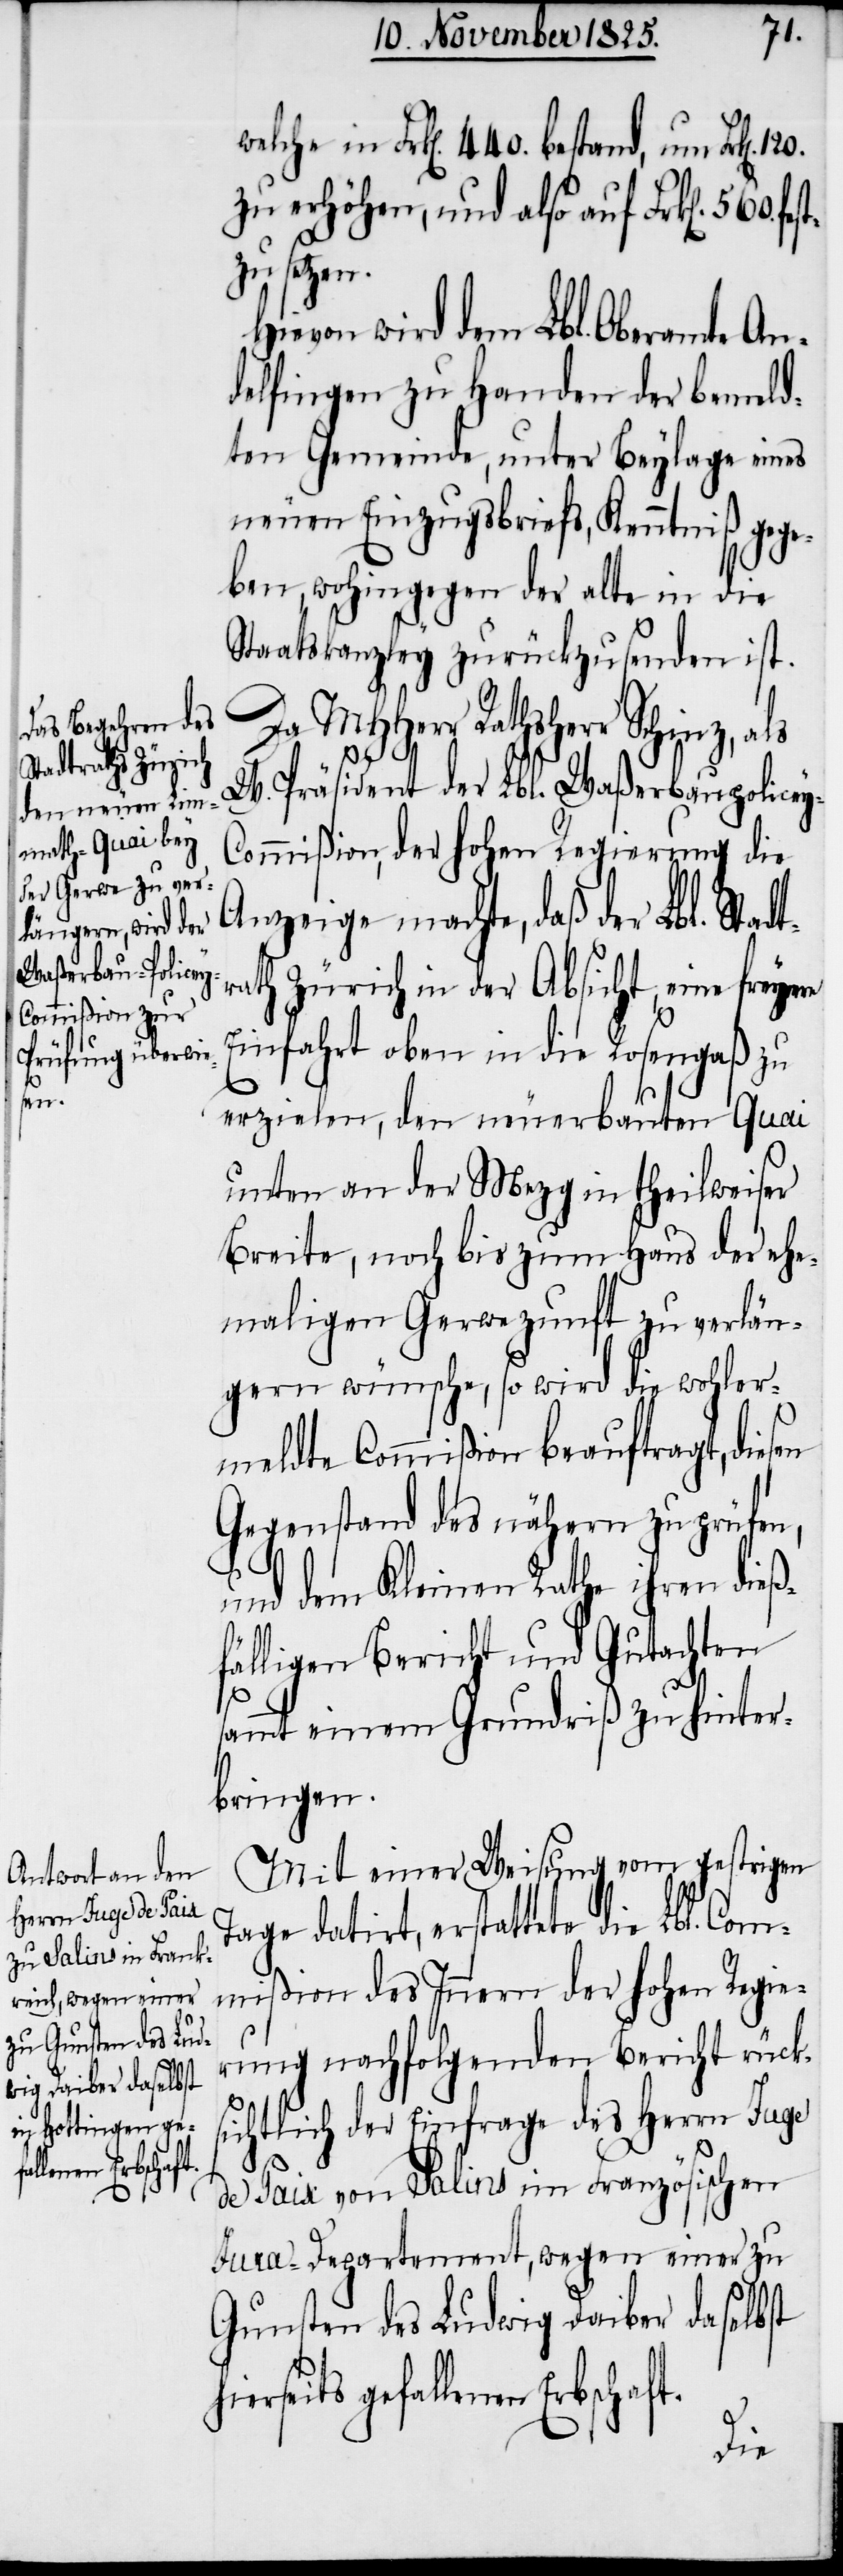
hi¬

Frk[en]. 440. bestand, um Frk[en].
zu erhöhen, und also auf Frk[en].
zusetzen.
Hievon wird dem Lbl. Oberamte An¬
delfingen zu Handen der bemeld¬
ten Gemeinde, unter Beylage eines
neuen Einzugsbriefs, Kenntniß gege¬
ben, wohingegen der alte in die
Staatskanzley zurückzusenden ist.
Da MHHerr Rathsherr Schinz, als
t.
W. Präsident der Lbl. Waßerbaupolice¬
ommißion, der hohen Regierung die
Anzeige machte, daß der Lbl. Stad¬
rath Zürich in der Absicht, eine freye
Einfahrt oben in die Rosengaß zu
erzielen, den neuerbauten Quai
unten an der Mezg in theilweiser
Breite, noch bis zum Haus der ehe¬
maligen Gerwezunft zu verlän¬
gern wünsche, so wird die wohler¬
meldte Commißion beauftragt, diesen
Gegenstand des nähern zu prüfen,
und dem Kleinen Rathe ihren dieß¬
fälligen Bericht und Gutachten
sammt einem Grundriß zu hinter¬
bringen.
Mit einer Weisung vom gestrigen
Tage datirt, erstattete die Lbl. Com¬
mißion des Innern der hohen Regie¬
rung nachfolgenden Bericht rück¬
sichtlich der Einfrage des Herrn Juge
de Paix von Salins im Französischen
Jura-Departement, wegen einer zu
Gunsten des Ludwig Daiber daselbst
erseits gefallenen Erbschaf¬